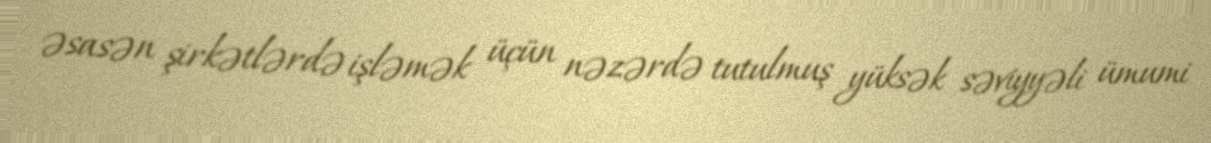
əsasən şirkətlərdə işləmək üçün nəzərdə tutulmuş yüksək səviyyəli ümumi